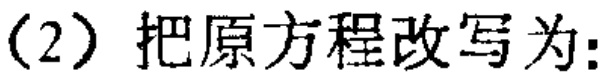
（2）把原方程改写为: